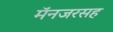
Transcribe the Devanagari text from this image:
मॅनजरसह